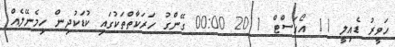
ހަވީރު ޑެއިލީ 11 އޯގަސްޓް 2011 00:00 ގޭންގު ހަރަކާތްތަކުގައި ކުޑަކުދިން ހިމެނޭލެއް